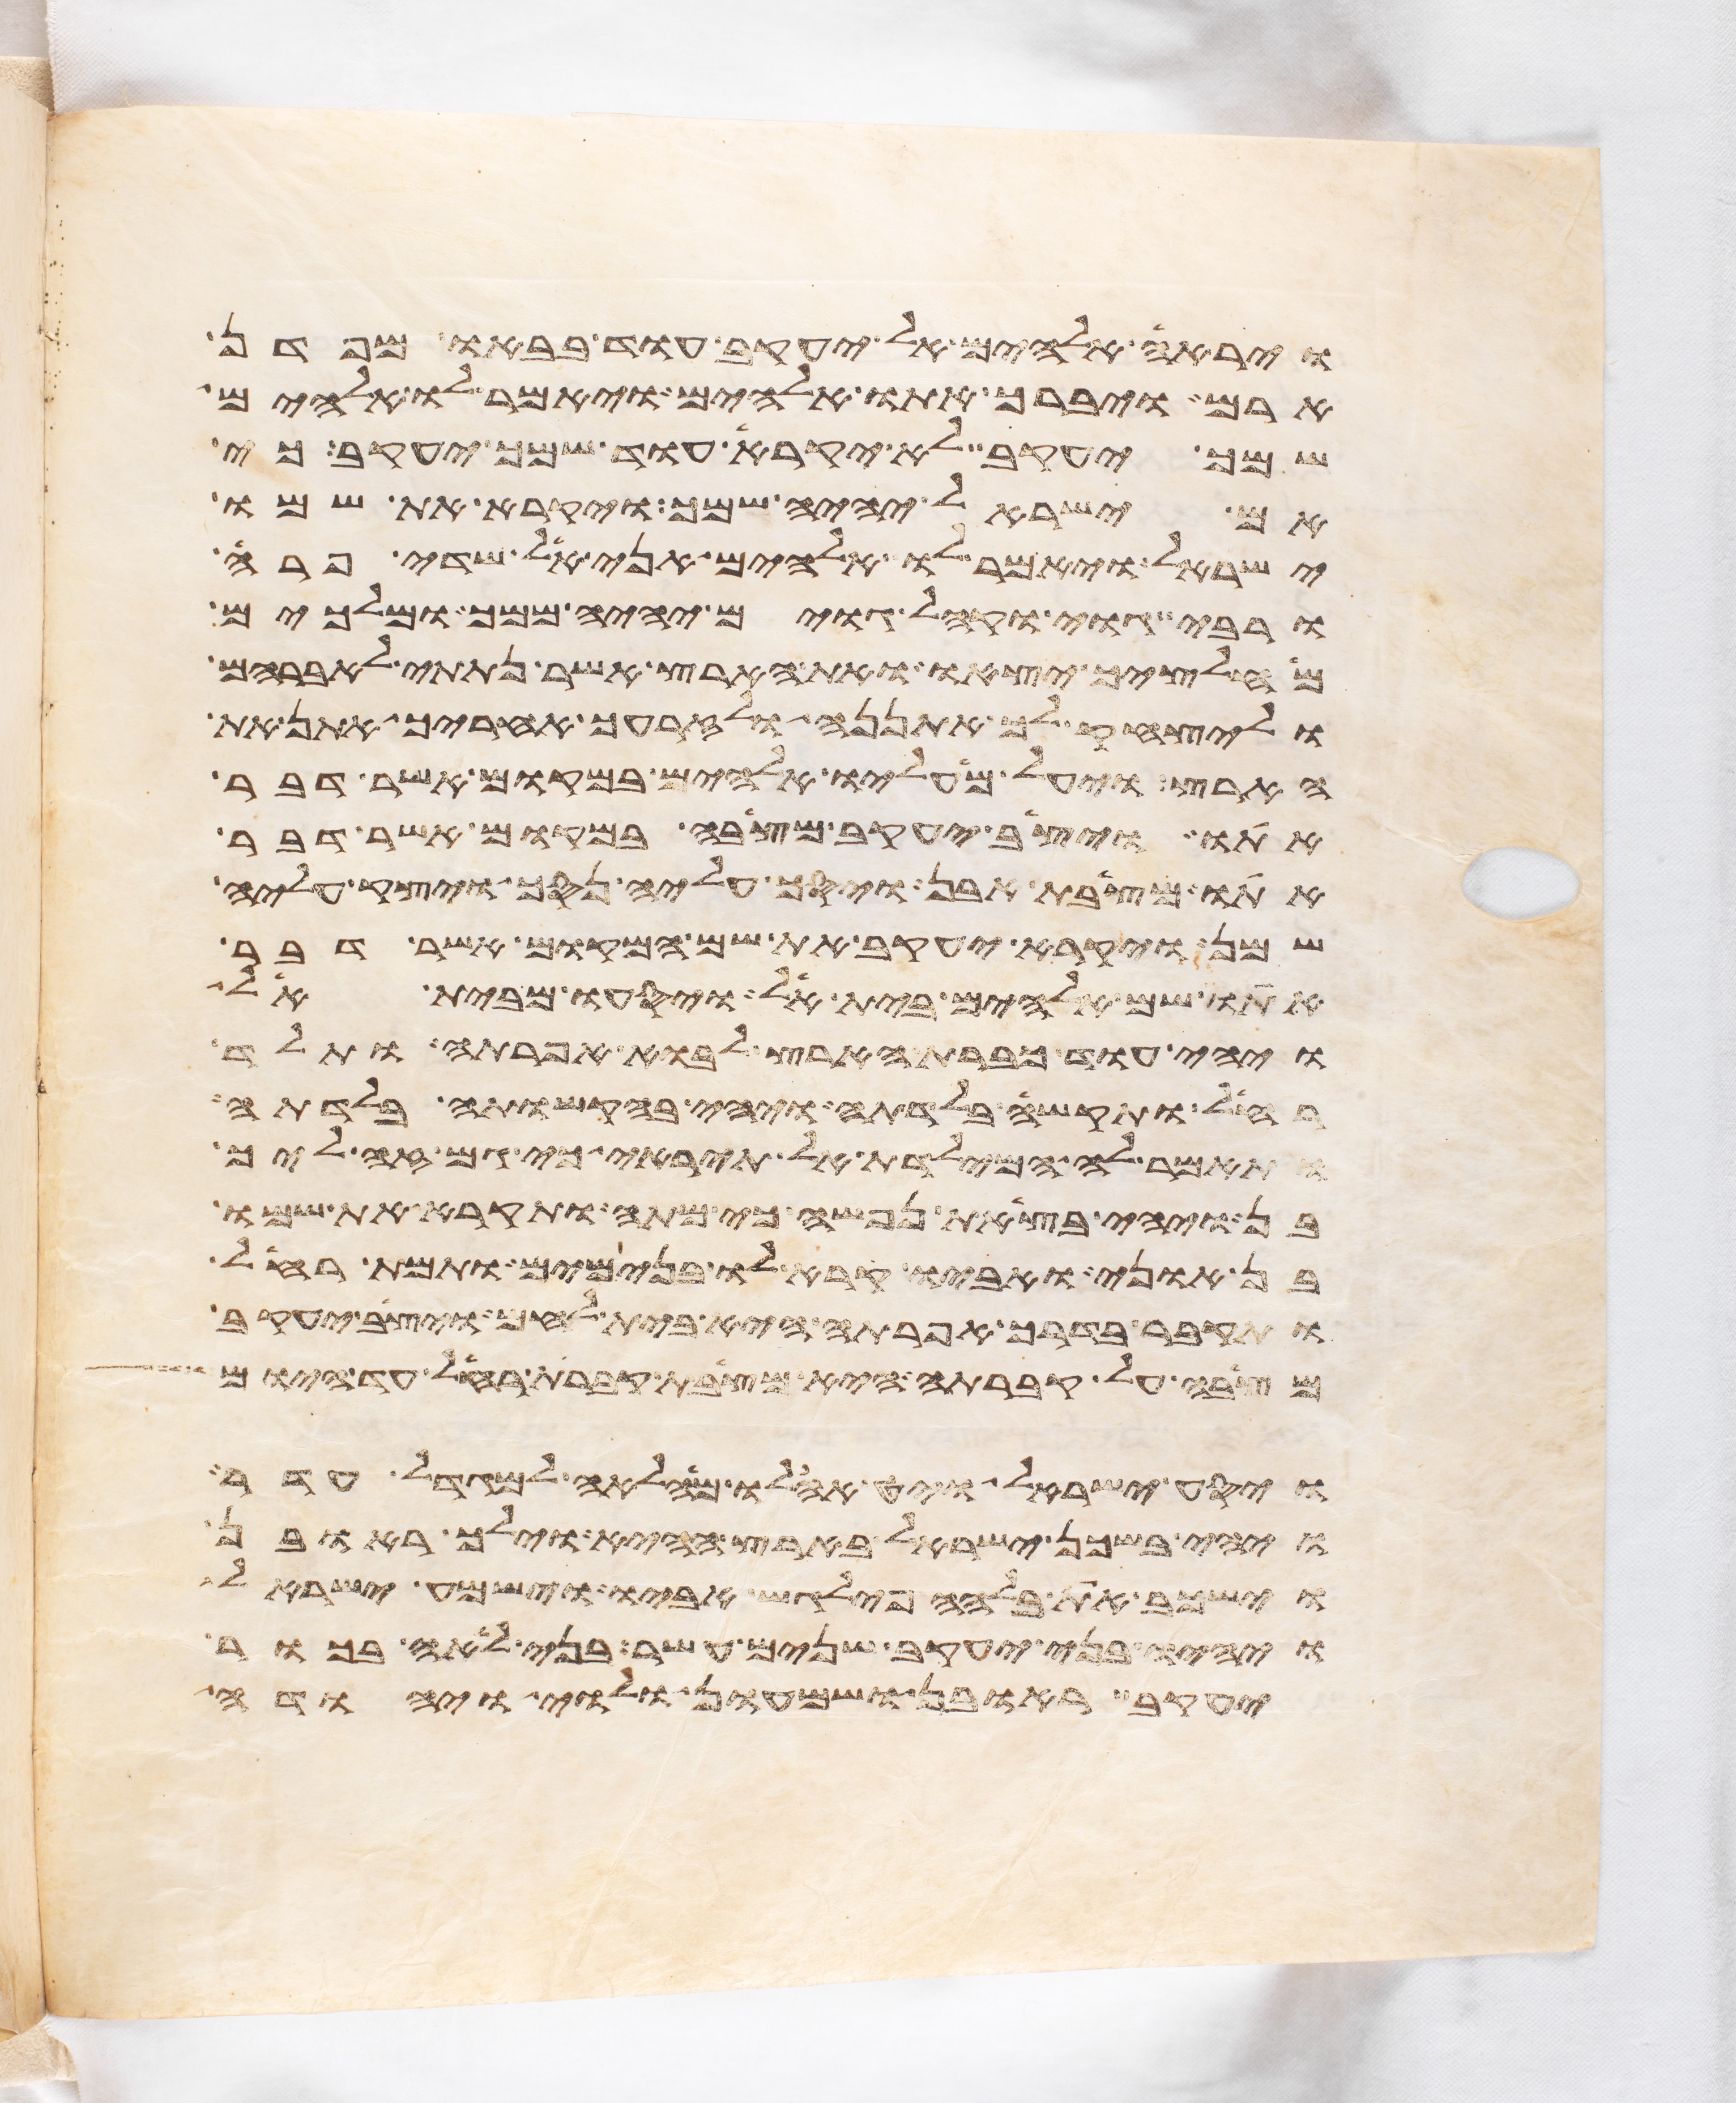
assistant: וירא אלהים אל יעקב עוד בבאו מפדן
ארם ויברך אתו אלהים ויאמר לו אלהים
שמך יעקב לא יקרא עוד שמך יעקב כי
אם ישראל יהיה שמך ויקרא את שמו
ישראל ויאמר לו אלהים אני אל שדי פרה
ורבה גוי וקהל גוים יהיה ממך ומלכים
מחלציך יצאו ואת הארץ אשר נתתי לאברהם
וליצחק לך אתננה ולזרעך אחריך אתן את
הארץ ויעל מעליו אלהים במקום אשר דבר
אתו ויצב יעקב מצבה במקום אשר דבר
אתו מצבת אבן ויסך עליה נסך ויצק עליה
שמן ויקרא יעקב את שם המקום אשר דבר
אתו שם אלהים בית אל ויסעו מבית אל
ויהי עוד כברת הארץ לבוא אפרתה ותלד
רחל ותקש בלדתה ויהי בהקשותה בלדתה
ותאמר לה המילדת אל תיראי כי גם זה ליך
בן ויהי בצאת נפשה כי מתה ותקרא את שמו
בן אוני ואביו קרא לו בנימים ותמת רחל
ותקבר בדרך אפרתה היא בית לחם ויצב יעקב
מצבה על קברתה היא מצבת קברת רחל עד היום
ויסע ישראל ויט אהלו מהלאה למגדל עדר
ויהי בשכן ישראל בארץ ההיא וילך ראובן
וישכב את בלהה פילגש אביו וישמע ישראל
ויהיו בני יעקב שנים עשר בני לאה בכור
יעקב ראובן ושמעון ולוי ויהודה